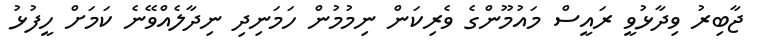
ޖާބިރު ވިދާޅުވީ ރައީސް މައުމޫންގެ ވެރިކަން ނިމުމުން ހަމަނިދި ނިދާލެއްވޭނެ ކަމަށް ހީފުޅު